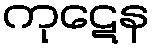
ကုဋေန